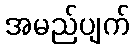
အမည်ပျက်